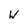
Character: w